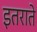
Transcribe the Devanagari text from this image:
इतराते